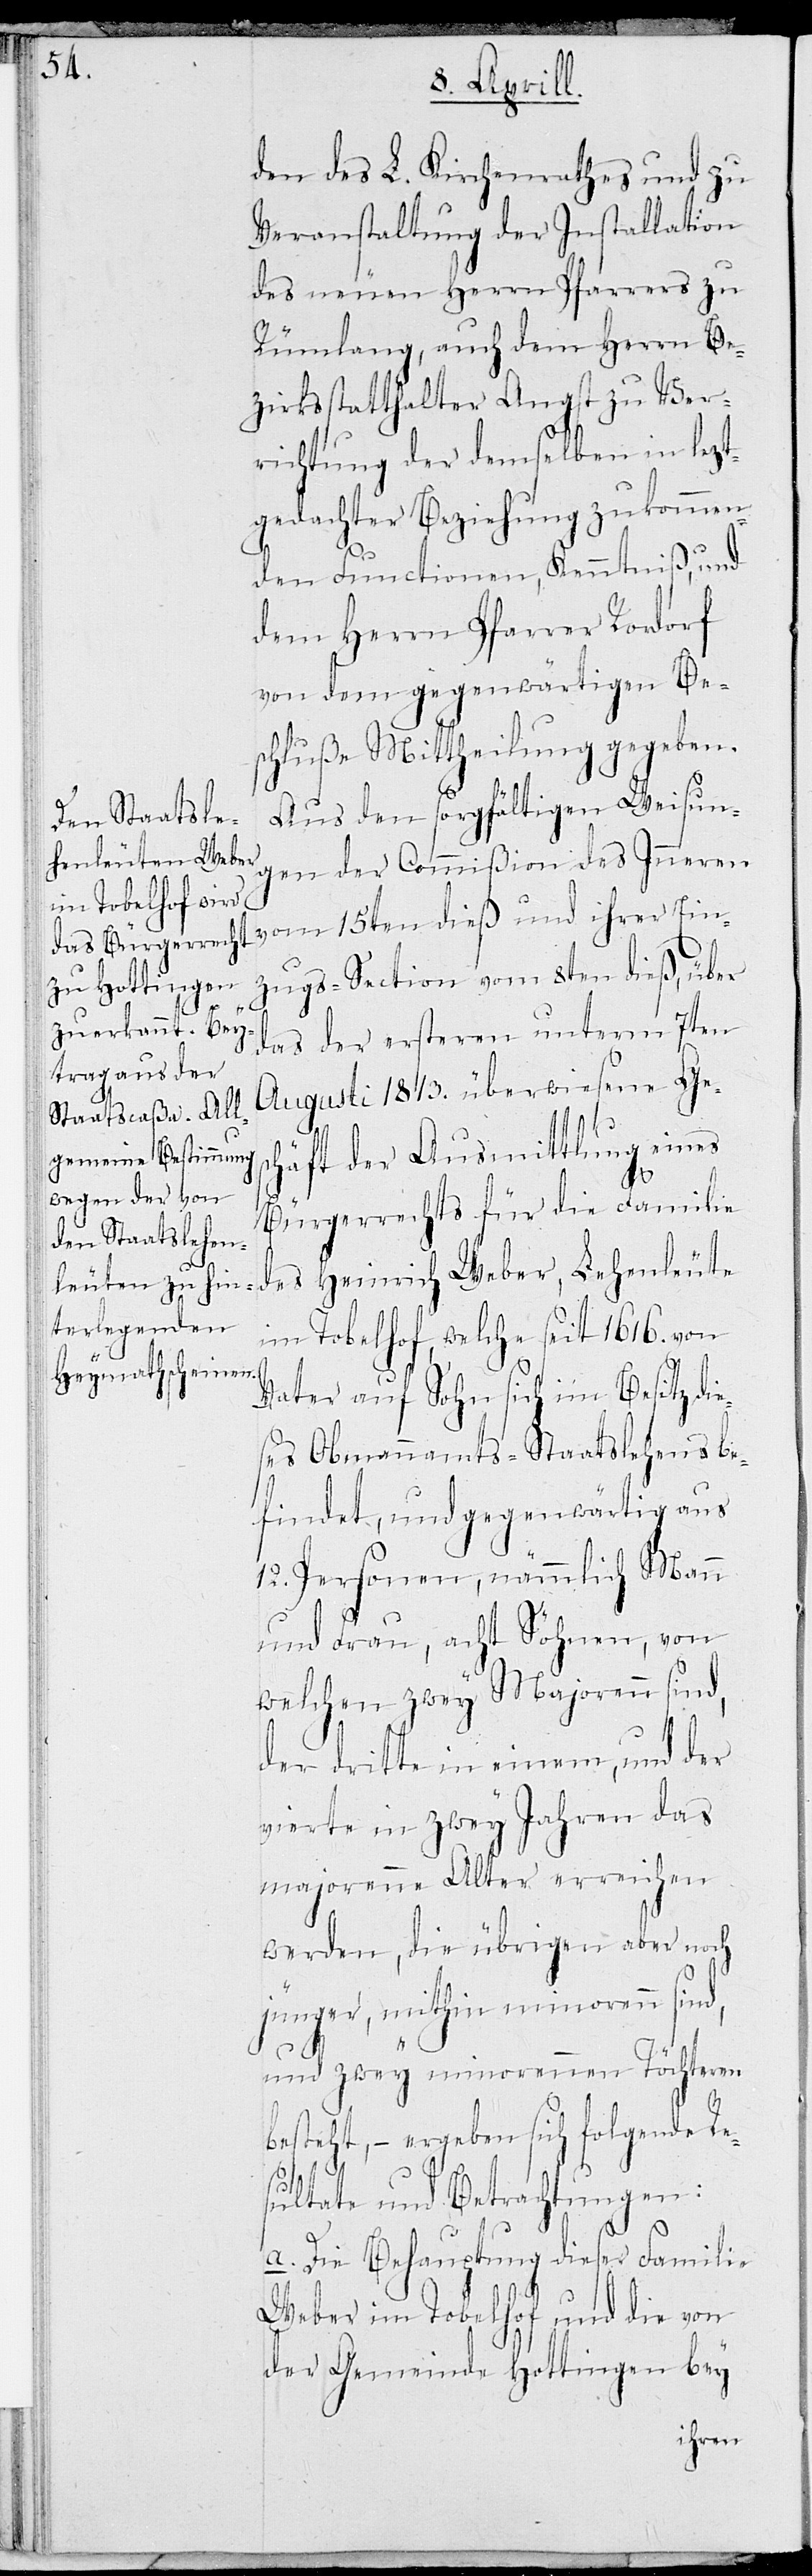
den des L. Kirchenrathes und zu
Veranstaltung der Installation
des neuen Herrn Pfarrers zu
Rümlang, auch dem Herrn Be¬
zirksstatthalter Angst zu Ver¬
richtung der demselben in lezt¬
gedachter Beziehung zukommen¬
den Functionen, Kenntniß, und
dem Herrn Pfarrer Rordorf
von dem gegenwärthigen Be¬
schluße Mittheilung gegeben.